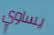
يساوي